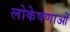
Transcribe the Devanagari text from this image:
लोकेषणाओं